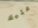
عليك